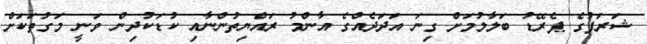
ޝަރަފުގެ ޕެރޭޑު ބަލާލުމަށް ގިނަ އަދަދެއްގެ އާންމު ރައްޔިތުންނާއި ކުޑަކުދިން ވަނީ މަގުތަކަށް